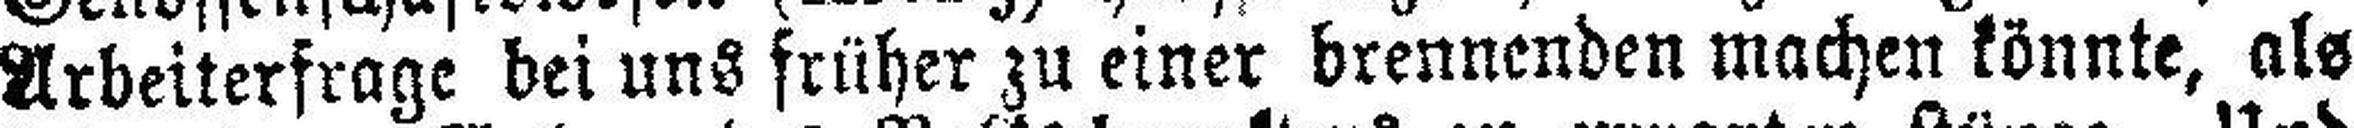
Arbeiterfrage bei uns früher zu einer brennenden machen könnte, als